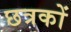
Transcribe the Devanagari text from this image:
छत्रकों